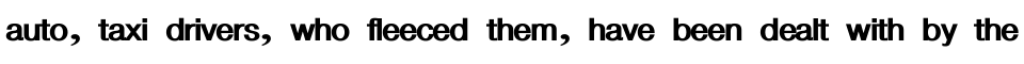
auto, taxi drivers, who fleeced them, have been dealt with by the